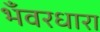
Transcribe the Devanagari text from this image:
भँवरधारा